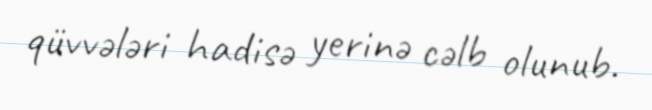
qüvvələri hadisə yerinə cəlb olunub.